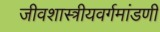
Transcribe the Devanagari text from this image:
जीवशास्त्रीयवर्गमांडणी